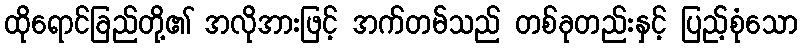
ထိုရောင်ခြည်တို့၏ အလိုအားဖြင့် အက်တမ်သည် တစ်ခုတည်းနှင့် ပြည့်စုံသော